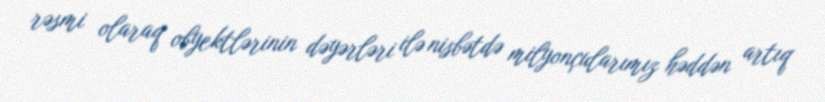
rəsmi olaraq obyektlərinin dəyərləri ilə nisbətdə milyonçularımız həddən artıq